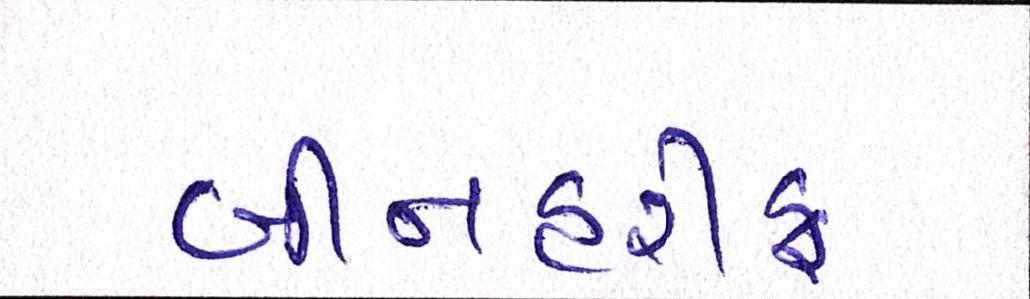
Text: બીનહરીફ